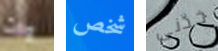
وات شخص خذنى